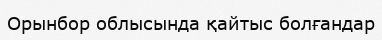
Орынбор облысында қайтыс болғандар